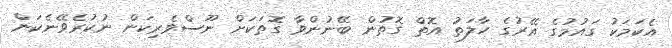
އެކަމަކު ގައުމުގެ އޭރުގެ ހާލަތު އޮތް ގޮތުން ބޭނުންވާ ގޮތަކަށް ނޫސްވެރިކަން ނުކުރެވޭނެކަން